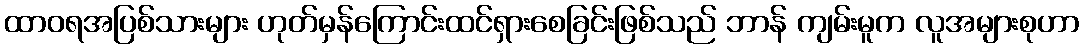
ထာဝရအပြစ်သားများ ဟုတ်မှန်ကြောင်းထင်ရှားစေခြင်းဖြစ်သည် ဘာန် ကျမ်းမူက လူအများစုဟာ